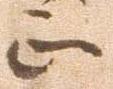
正